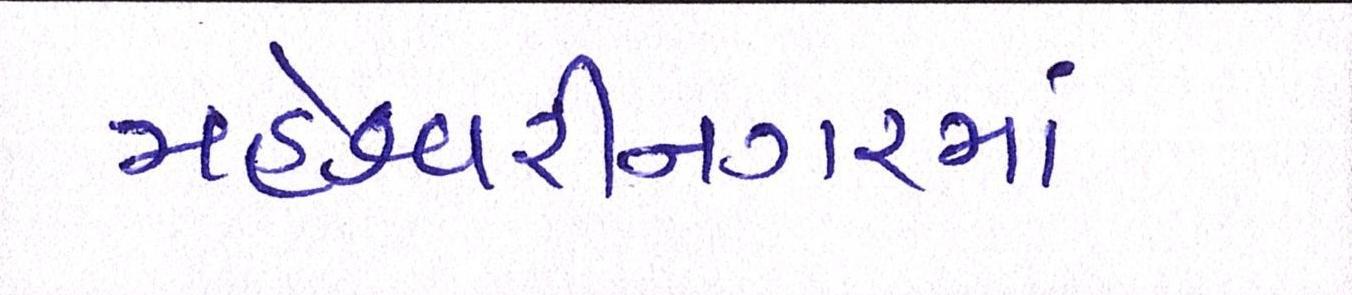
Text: મહેશ્વરીનગરમાં